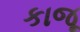
કાજૂ